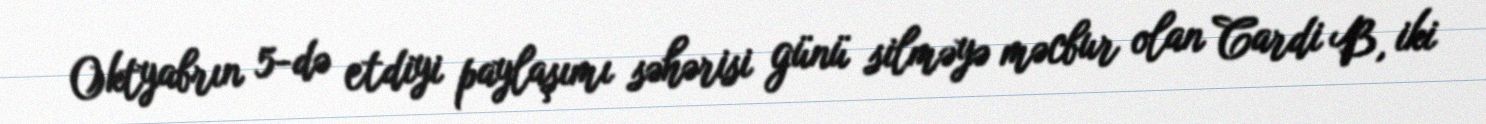
Oktyabrın 5-də etdiyi paylaşımı səhərisi günü silməyə məcbur olan Cardi B, iki